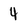
Character: 4